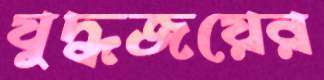
যুদ্ধজয়ের